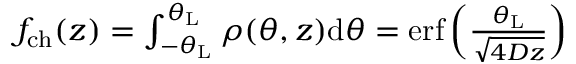
\begin{array} { r } { f _ { \mathrm { c h } } ( z ) = \int _ { - \theta _ { \mathrm { L } } } ^ { \theta _ { \mathrm { L } } } \rho ( \theta , z ) \mathrm { d } \theta = \mathrm { e r f } \left( { \frac { \theta _ { \mathrm { L } } } { \sqrt { 4 D z } } } \right) } \end{array}